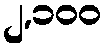
၂,၁၀၀